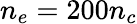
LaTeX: n_{e}=200n_{c}